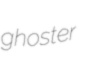
ghoster